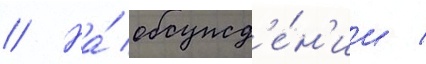
// На́ обсужд'е́н'ии /